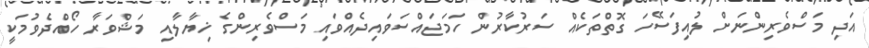
އަދި މަސްވެރިންނަށް ލުއިފަސޭހަ ގޮތްތަކެއް ސަރުކާރުން ހަމަޖައްސަވައިދެއްވައި މަސްވެރިންގެ ޚިޔާލާއި މަޝްވަރާ ހޯއްދެވުމަކީ